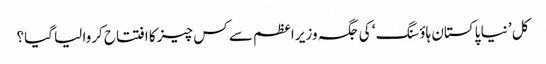
کل ’ نیا پاکستان ہاؤسنگ ‘ کی جگہ وزیر اعظم سے کس چیز کا افتتاح کروا لیا گیا؟